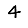
Digit: 4